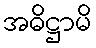
အဓိဋ္ဌာမိ